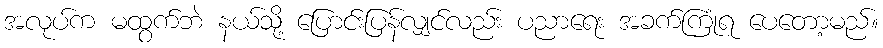
အလုပ်က မထွက်ဘဲ နယ်သို့ ပြောင်းပြန်လျှင်လည်း ပညာရေး အခက်ကြုံရ ပေတော့မည်။